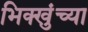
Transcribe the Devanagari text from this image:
भिक्खुंच्या